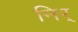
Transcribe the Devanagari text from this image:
निर्